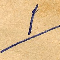
١